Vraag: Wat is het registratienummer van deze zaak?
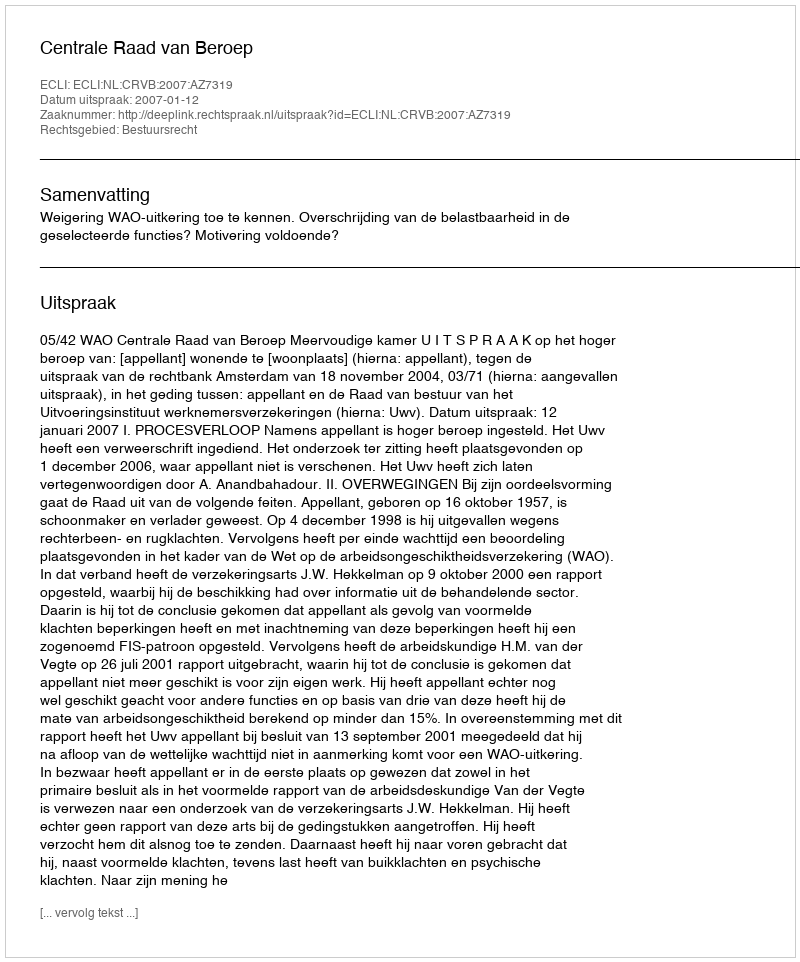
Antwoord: http://deeplink.rechtspraak.nl/uitspraak?id=ECLI:NL:CRVB:2007:AZ7319